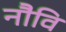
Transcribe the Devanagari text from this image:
नौवि